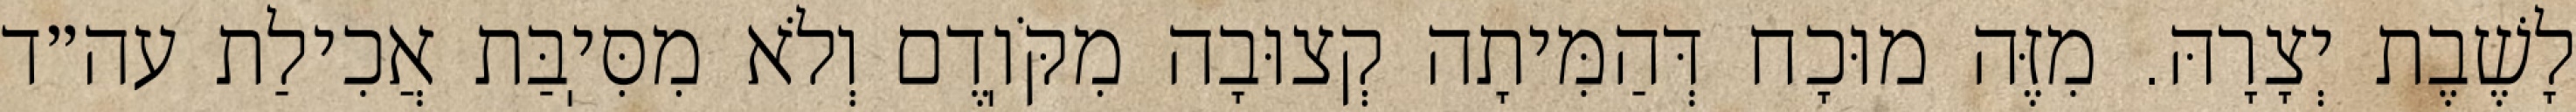
לָשֶׁבֶת יְצָרָהּ. מִזֶּה מוּכָח דְּהַמִּיתָה קְצוּבָה מִקֹּוֽדֶם וְלֹא מִסִּיֽבַּת אֲכִילַת עה״ד